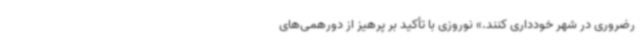
رضروری در شهر خودداری کنند.» نوروزی با تأکید بر پرهیز از دورهمی‌های